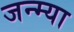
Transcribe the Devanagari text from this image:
जन्म्या